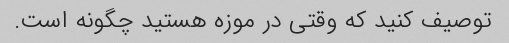
توصیف کنید که وقتی در موزه هستید چگونه است.